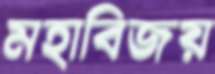
মহাবিজয়